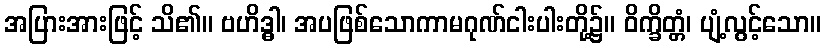
အပြားအားဖြင့် သိ၏။ ဗဟိဒ္ဓါ၊ အပဖြစ်သောကာမဂုဏ်ငါးပါးတို့၌။ ဝိက္ခိတ္တံ၊ ပျံ့လွင့်သော။